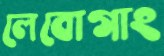
লেবোগাং